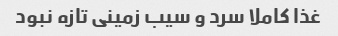
غذا کاملا سرد و سیب زمینی تازه نبود